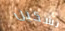
تشكين